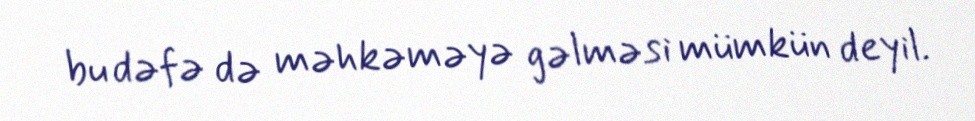
bu dəfə də məhkəməyə gəlməsi mümkün deyil.